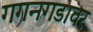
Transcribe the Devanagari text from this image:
गगनगडावर